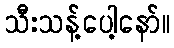
သီးသန့်ပေါ့နော်။